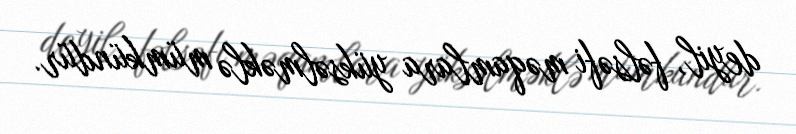
deyil, fəlsəfi məqamlara yüksəlməklə mümkündür.